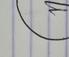
Signature authenticity: genuine